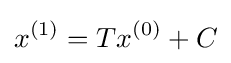
x^{(1)}=Tx^{(0)}+C